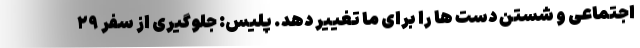
اجتماعی و شستن دست ها را برای ما تغییر دهد. پلیس: جلوگیری از سفر ۲۹